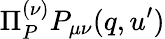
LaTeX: \Pi_{P}^{(\nu)}P_{\mu\nu}(q,u^{\prime})